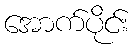
အောက်ပိုင်း